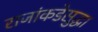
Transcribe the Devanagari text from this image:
राजांकडेसुद्धा